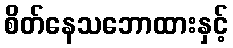
စိတ်နေသဘောထားနှင့်